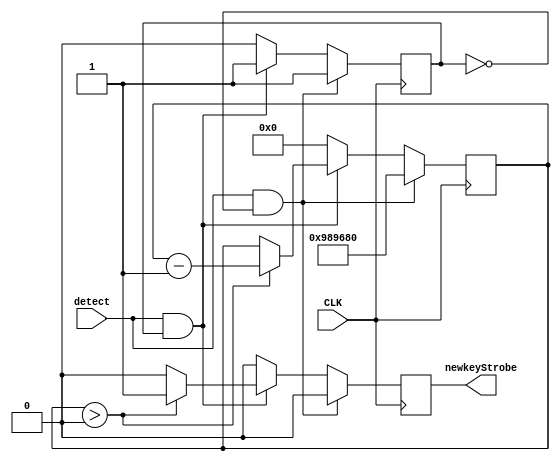
//`define endflash 10//10000000

module Strobe(CLK,detect,newkeyStrobe);
input CLK;
input detect;
output reg newkeyStrobe;

reg [23:0]count;
reg lock;


initial begin
	newkeyStrobe = 0;
	count = 0;
	lock = 0;
end

always @(posedge CLK)
begin
	if (detect&!lock) begin
		count <= 10000000;
		newkeyStrobe <= 0;
		lock <= 1;
	end
	else if (detect&lock) begin
		if (count >0) begin
			count<=count-1;
			newkeyStrobe <= 1;
			lock <= 1;
		end
		else begin
			
			newkeyStrobe <= 0;
			lock <= 1;
		end
	end
	else begin
		count <= 0;
		newkeyStrobe <= 0;
		lock <= 0;
	end
end
	
endmodule